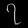
Digit: ၇